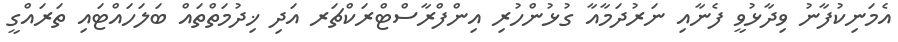
އެމަނިކުފާނު ވިދާޅުވީ ފެނާއި ނަރުދަމާއާ ގުޅުންހުރި އިންފްރާސްޓްރަކްޗަރ އަދި ޚިދުމަތްތައް ބަލަހައްޓައި ތަރައްގީ